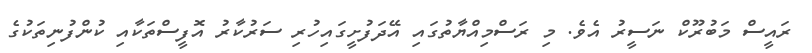
ރައީސް މަބުރޫކް ނަސީރު އެވެ. މި ރަސްމިއްޔާތުގައި އޭދަފުށީގައިހުރި ސަރުކާރު އޮފީސްތަކާއި ކުންފުނިތަކުގެ